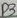
Text: D3